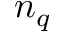
n _ { q }